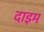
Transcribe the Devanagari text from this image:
दाइम